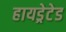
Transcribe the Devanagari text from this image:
हायड्रेटेड